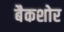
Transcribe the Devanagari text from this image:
बैकशोर